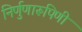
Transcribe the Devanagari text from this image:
निर्णुणारूपिणी